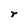
Character: r